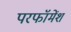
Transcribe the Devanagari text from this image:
परफॉमेंश